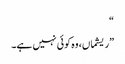
“
”ریشماں، وہ کوئی نہیں ہے۔